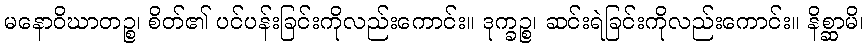
မနောဝိဃာတဉ္စ၊ စိတ်၏ ပင်ပန်းခြင်းကိုလည်းကောင်း။ ဒုက္ခဉ္စ၊ ဆင်းရဲခြင်းကိုလည်းကောင်း။ နိစ္ဆာမိ၊